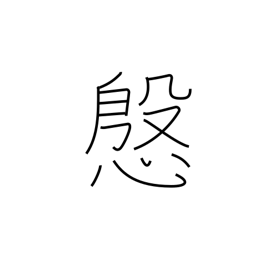
Meaning: courtesy